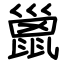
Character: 巤